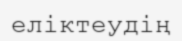
еліктеудің